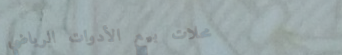
محلات بيع الأدوات الرياضي